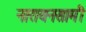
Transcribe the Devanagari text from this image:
नारायनसामी